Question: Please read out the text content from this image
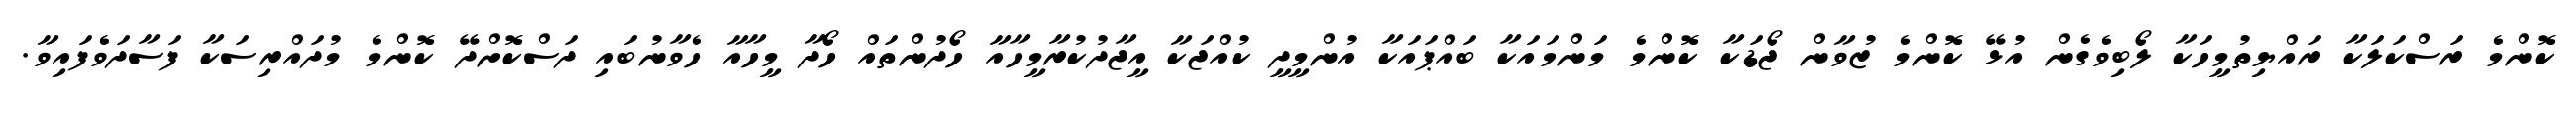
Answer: ކޮންމެ ރަސްކަލަކާ ރައްޔިތުމީހަކާ ލޯބިވެގެން އުޅޭ ކޮންމެ ޒުވާން ޖޯޑަކާ ކޮންމެ މަންމައަކާ ބައްޕައަކާ އުންމީދީ ކުއްޖަކާ އީޖާދުކުރާމީހާއާ ހޯދުންތައް ހޯދާ މީހާއާ ހެވާނުބައި ދަސްކޮށްދޭ ކޮންމެ މުދައްރިސަކާ ފަސާދަވެފައިވާ.